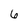
Character: 6